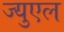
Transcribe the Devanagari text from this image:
ज्युएल